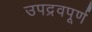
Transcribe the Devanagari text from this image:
उपद्रवपूर्ण